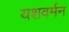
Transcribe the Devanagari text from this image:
यशवर्मन